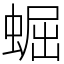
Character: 𧌑